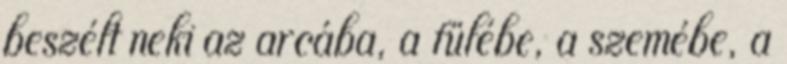
beszélt neki az arcába, a fülébe, a szemébe, a